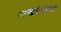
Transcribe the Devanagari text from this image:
राष्ट्रांसंबंधी